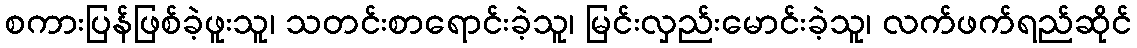
စကားပြန်ဖြစ်ခဲ့ဖူးသူ၊ သတင်းစာရောင်းခဲ့သူ၊ မြင်းလှည်းမောင်းခဲ့သူ၊ လက်ဖက်ရည်ဆိုင်